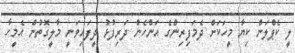
ލީ ކެޕްލަން ކިޔާ މީހަކަށް ދެމަފިރިންގެ އަންހެން ދަރިފުޅު ދީފައިވަނީ މާލީގޮތުން އެމީހާ